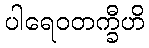
ပါရေဝတက္ခီဟိ